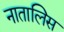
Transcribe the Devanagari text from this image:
नातालिस